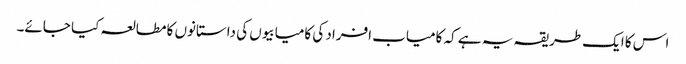
اس کا ایک طریقہ یہ ہے کہ کامیاب افراد کی کامیابیوں کی داستانوں کا مطالعہ کیا جائے۔